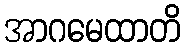
အာဂမေထာတိ